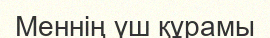
Меннің үш құрамы